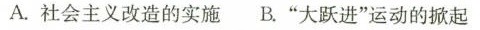
A.社会主义改造的实施 B.”大跃进”运动的掀起